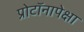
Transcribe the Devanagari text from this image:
प्रोटॉनापेक्षा